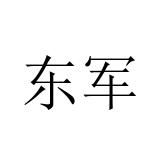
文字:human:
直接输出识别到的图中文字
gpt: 东军